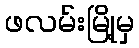
ဖလမ်းမြို့မှ